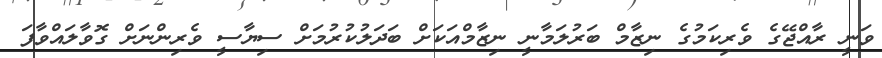
ވަނީ ރާއްޖޭގެ ވެރިކަމުގެ ނިޒާމް ބަރުލަމާނީ ނިޒާމްއަކަށް ބަދަލުކުރުމަށް ސިޔާސީ ވެރިންނަށް ގޮވާލައްވާފަ